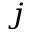
^ j